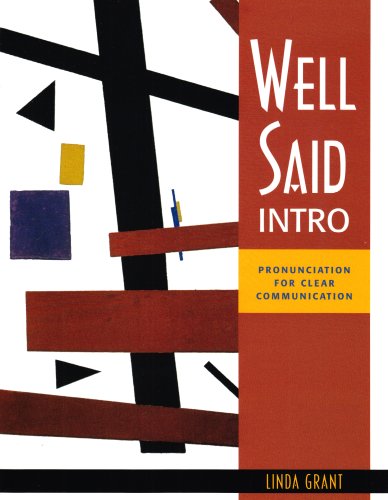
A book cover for Well Said Intro: Pronunciation for Clear Communication; Linda Grant; Reference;